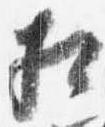
相